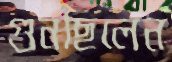
গুনছিলেন